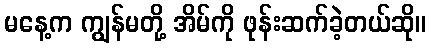
မနေ့က ကျွန်မတို့ အိမ်ကို ဖုန်းဆက်ခဲ့တယ်ဆို။